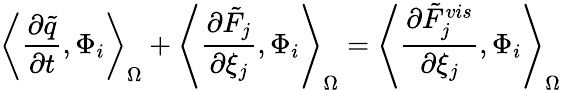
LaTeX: \left<\frac{\partial\tilde{q}}{\partial t},\Phi_{i}\right>_{\Omega}+\left<\frac{\partial\tilde{F}_{j}}{\partial\xi_{j}},\Phi_{i}\right>_{\Omega}=\left<\frac{\partial\tilde{F}_{j}^{vis}}{\partial\xi_{j}},\Phi_{i}\right>_{\Omega}